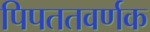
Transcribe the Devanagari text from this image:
पिपततवर्णक